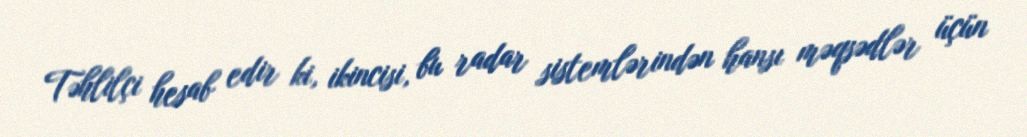
Təhlilçi hesab edir ki, ikincisi, bu radar sistemlərindən hansı məqsədlər üçün